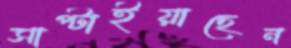
সাপ্‌টাইয়াছেন